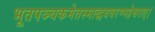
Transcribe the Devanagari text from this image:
भूतपञ्चकमेतस्माद्धयवरण्महेश्वरात्।